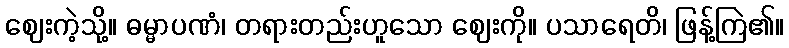
ဈေးကဲ့သို့။ ဓမ္မာပဏံ၊ တရားတည်းဟူသော ဈေးကို။ ပသာရေတိ၊ ဖြန့်ကြဲ၏။